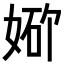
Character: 𪥾